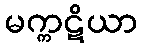
မက္ကဋိယာ